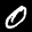
Label: 0